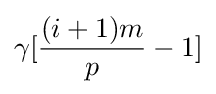
\gamma [{\frac {(i+1)m}{p}}-1]